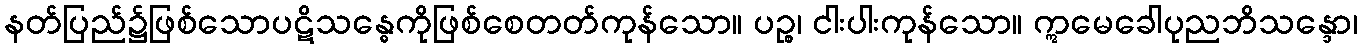
နတ်ပြည်၌ဖြစ်သောပဋိသန္ဓေကိုဖြစ်စေတတ်ကုန်သော။ ပဉ္စ၊ ငါးပါးကုန်သော။ ဣမေခေါပုညဘိသန္ဒော၊